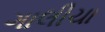
ગાલીચા